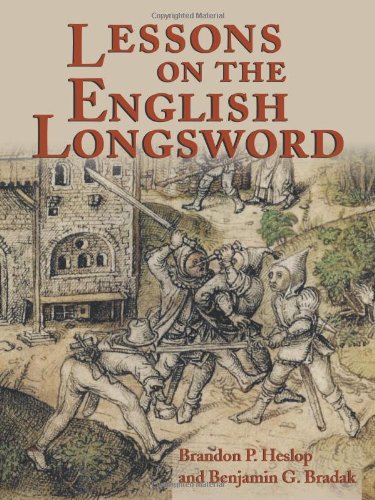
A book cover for Lessons on the English Longsword; Brandon B. Heslop; Sports & Outdoors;